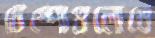
টেম্পোগুলোতে